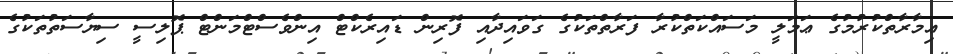
ޢިމާރާތްކުރުމުގެ ޢަމަލީ މަސައްކަތްކުރާ ފަރާތްތަކުގެ ގަވައިދާއި ފޮރިން ޑައިރެކްޓް އިންވެސްޓްމަންޓް ޕޮލިސީ ސިޔާސަތުތަކުގެ